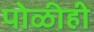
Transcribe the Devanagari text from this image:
पोळीही